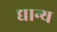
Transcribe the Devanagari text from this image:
द्यान्य